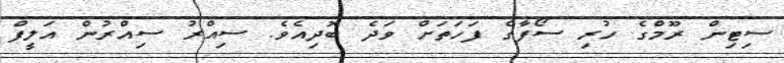
ސިޓިން ރޫމްގެ ހުރި ސޯފާގެ ފަހަތަށް ވަދެ ބޮދިއެވެ. ސިއްރު ސިއްރުން އަލީފް